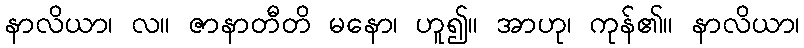
နာလိယာ၊ လ။ ဇာနာတီတိ မနော၊ ဟူ၍။ အာဟု၊ ကုန်၏။ နာလိယာ၊